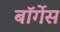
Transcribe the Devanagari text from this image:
बॉर्गेस